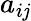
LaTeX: a_{i\mathit{j}}